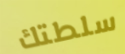
سلطتك